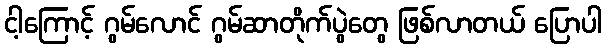
ငါ့ကြောင့် ဂွမ်လောင် ဂွမ်ဆာတိုက်ပွဲတွေ ဖြစ်လာတယ် ပြောပါ